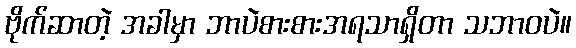
ဗိုက်ဆာတဲ့ အခါမှာ ဘာပဲစားစားအရသာရှိတာ သဘာဝပဲ။